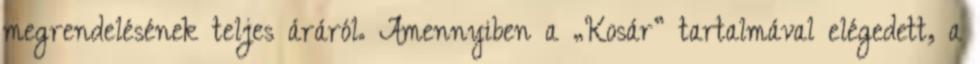
megrendelésének teljes áráról. Amennyiben a „Kosár” tartalmával elégedett, a